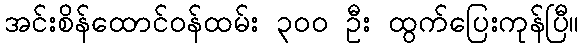
အင်းစိန်ထောင်ဝန်ထမ်း ၃၀၀ ဦး ထွက်ပြေးကုန်ပြီ။